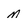
Character: m